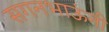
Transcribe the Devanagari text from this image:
सगनभाऊंनी